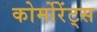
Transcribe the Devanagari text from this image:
कोर्मोरेंट्स